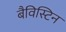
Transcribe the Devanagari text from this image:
बैविस्टिन